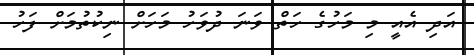
އަދި އެއީ މި މަހުގެ ހަތް ވަނަ ދުވަހު މަހަށް ނިކުތުމަށް ފަހު